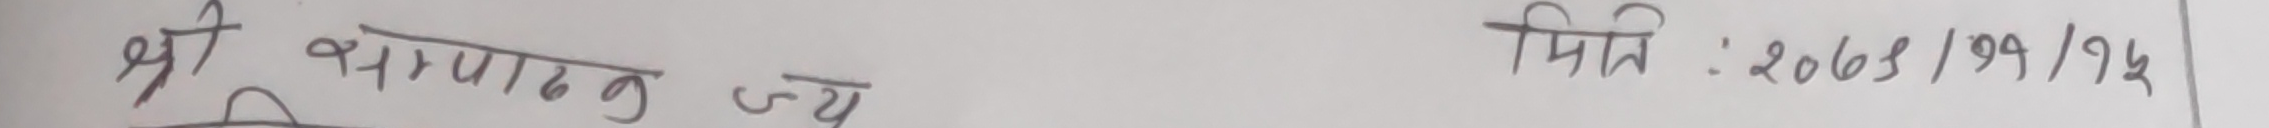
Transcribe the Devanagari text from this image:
श्री थानपाक ज्यु

मिति:२०७३/११/१५